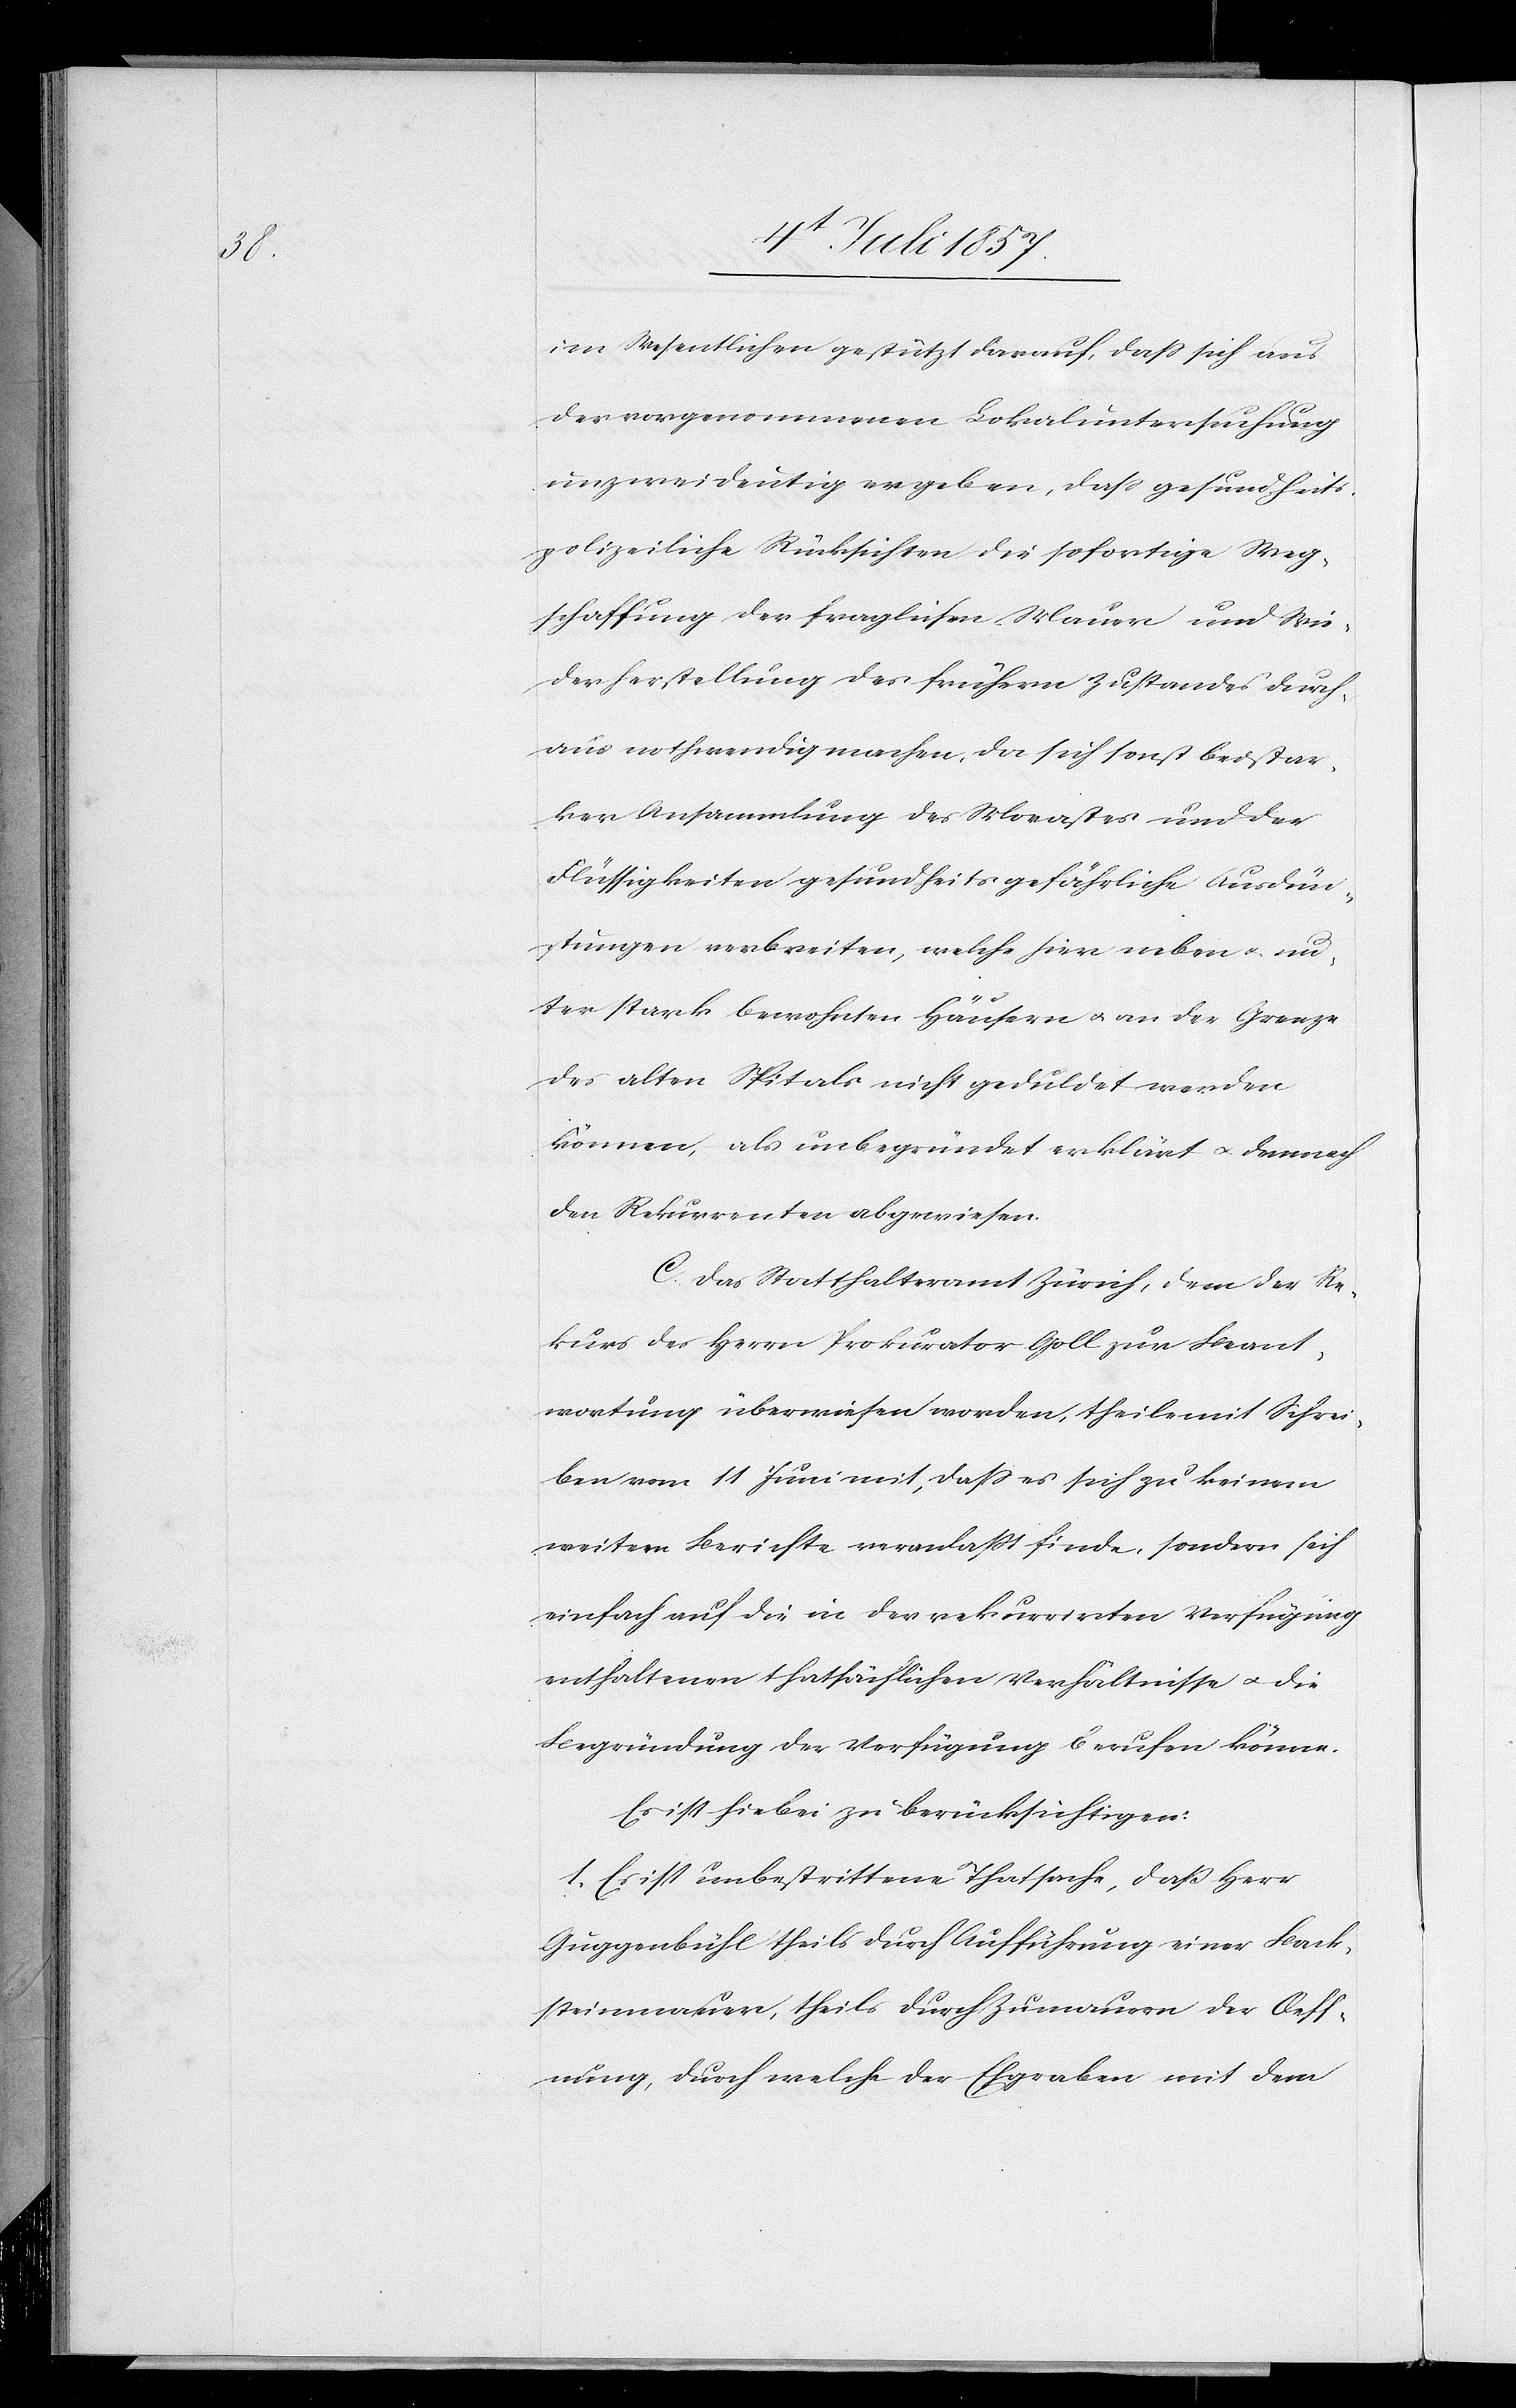
im Wesentlichen gestützt darauf, daß sich aus
der vorgenommenen Lokaluntersuchung
unzweideutig ergeben, daß gesundheit¬
spolizeiliche Rücksichten die sofortige Weg¬
schaffung der fraglichen Mauern und Wie¬
derherstellung des frühern Zustandes durch¬
aus nothwendig machen, da sich sonst bei star¬
ker Ansammlung des Morastes und der
Flüssigkeiten gesundheitsgefährliche Ausdün¬
stungen verbreiten, welche hier neben & un¬
ter stark bewohnten Häusern & an der Grenze
des alten Spitals nicht geduldet werden
können, als unbegründet erklärt & demnach
den Rekurrenten abgewiesen.
C. Das Statthalteramt Zürich, dem der Re¬
kurs des Herrn Prokurator Goll zur Beant¬
wortung überwiesen worden, theile mit Schrei¬
ben vom 11 Juni mit, daß es sich zu keinem
weitern Berichte veranlaßt finde, sondern sich
einfach auf die in der rekurrirten Verfügung
enthaltenen thatsächlichen Verhältnisse & die
Begründung der Verfügung berufen könne.
Es ist hiebei zu berücksichtigen:
1. Es ist unbestrittene Thatsache, daß Herr
Guggenbühl theils durch Aufführung einer Back¬
steinmauer, theils durch Zumauern der Oeff¬
nung, durch welche der Ehgraben mit dem